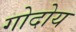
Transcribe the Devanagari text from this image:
गोदोय